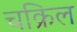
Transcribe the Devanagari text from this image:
चक्रिल